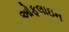
ઓફલાઇન